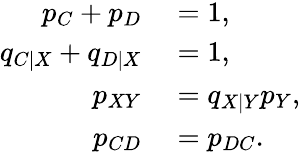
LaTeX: \begin{array}{rl}{p_{C}+p_{D}}&{{}=1,}\\ {q_{C|X}+q_{D|X}}&{{}=1,}\\ {p_{XY}}&{{}=q_{X|Y}p_{Y},}\\ {p_{CD}}&{{}=p_{DC}.}\end{array}